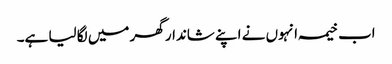
اب خیمہ انہوں نے اپنے شاندار گھر میں لگا لیا ہے۔